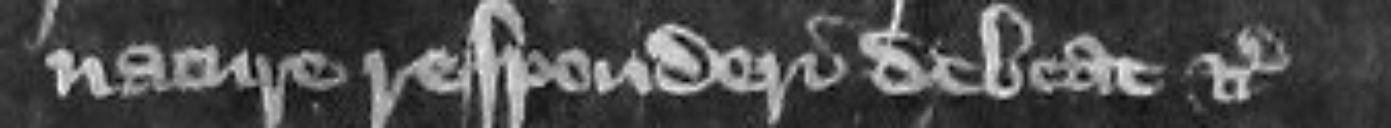
nature responderi debeat etc